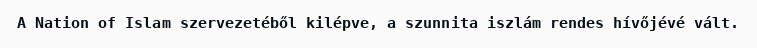
A Nation of Islam szervezetéből kilépve, a szunnita iszlám rendes hívőjévé vált.